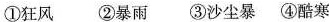
①狂风 ②暴雨③沙尘暴④酷寒